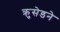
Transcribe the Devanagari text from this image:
क्रुसेडने